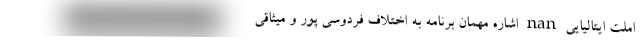
املت ایتالیایی nan اشاره مهمان برنامه به اختلاف فردوسی پور و میثاقی